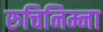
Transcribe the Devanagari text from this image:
रुचिनिम्ना